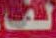
لف